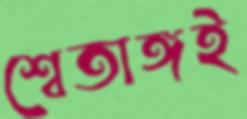
শ্বেতাঙ্গই